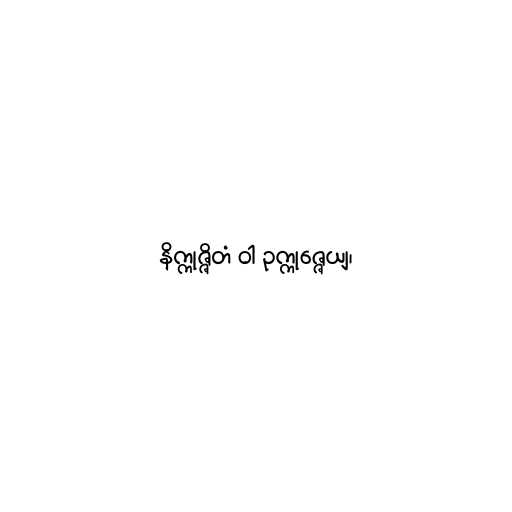
နိက္ကုဇ္ဇိတံ ဝါ ဥက္ကုဇ္ဇေယျ၊